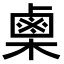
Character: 𭫪